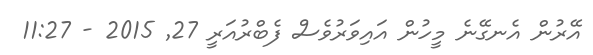
އޭރުން އެނގޭނެ މީހުން އައިވަރުވެސް ފެބްރުއަރީ 27